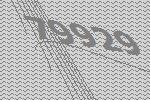
79929